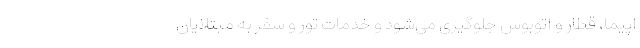
اپیما، قطار و اتوبوس جلوگیری می‌شود و خدمات تور و سفر به مبتلایان